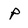
Character: P